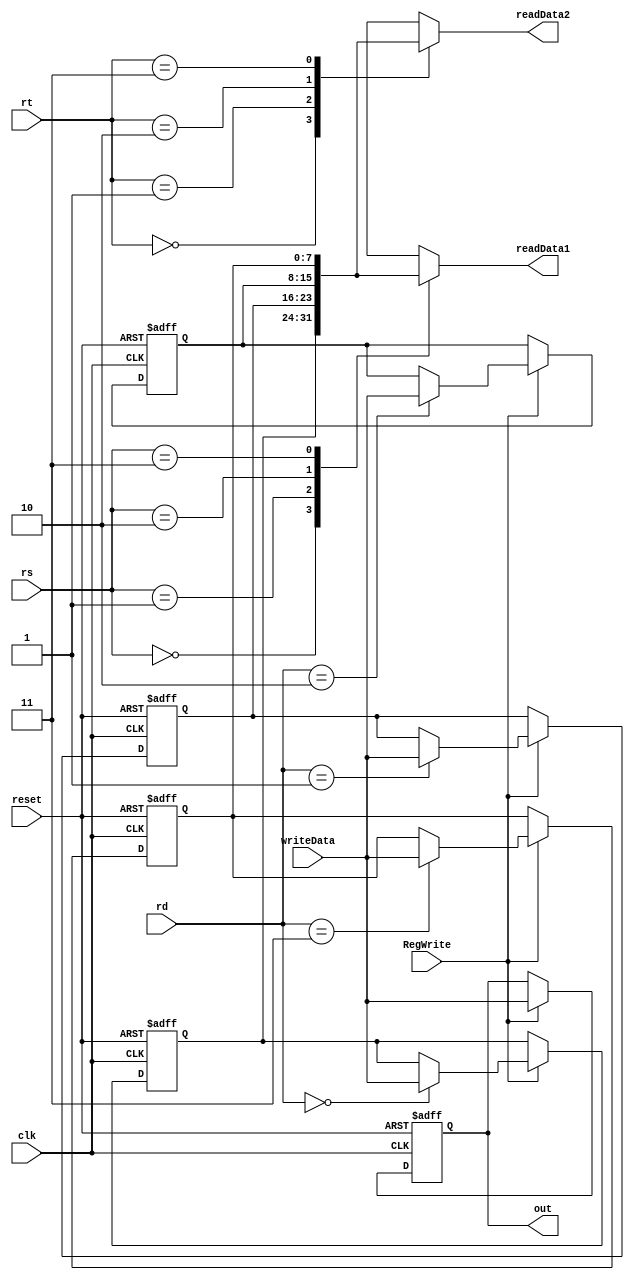
`timescale 1ns / 1ps
/* 
	rs : indicates 
*/

module Registers(
	input [1:0] rs,
	input [1:0] rt,
	input [1:0] rd,
	input [7:0] writeData,
	input RegWrite,
	input clk,
	input reset,
	output [7:0]readData1,
	output [7:0]readData2,
	output reg [7:0]out
    );
	 
	 integer i;
	 reg [7:0]registers[3:0];
	 assign readData1 = registers[rs];
	 assign readData2 = registers[rt];
	 
	 always@ (posedge clk or posedge reset) begin
		if (reset) begin
			// initialize four registers to zero.
			for (i=0;i<4;i = i+1) begin
				registers[i] <= 0;
			end
			out<=0;
		end
		else begin
			if (RegWrite) begin
				out <= writeData;
				registers[rd] <= writeData;
			end
		end
	 end

endmodule